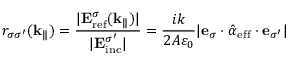
r _ { \sigma \sigma ^ { \prime } } ( \mathbf { k } _ { \| } ) = \frac { | \mathbf { E } _ { \mathrm { r e f } } ^ { \sigma } ( \mathbf { k } _ { \| } ) | } { | \mathbf { E } _ { \mathrm { i n c } } ^ { \sigma ^ { \prime } } | } = \frac { i k } { 2 A \varepsilon _ { 0 } } | \mathbf { e } _ { \sigma } \cdot \hat { \boldsymbol { \alpha } } _ { \mathrm { e f f } } \cdot \mathbf { e } _ { \sigma ^ { \prime } } |